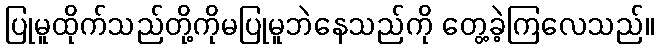
ပြုမူထိုက်သည်တို့ကိုမပြုမူဘဲနေသည်ကို တွေ့ခဲ့ကြလေသည်။